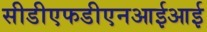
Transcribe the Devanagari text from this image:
सीडीएफडीएनआईआई